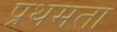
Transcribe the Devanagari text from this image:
प्रथमता